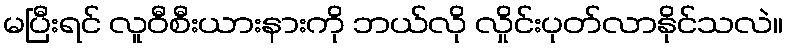
မပြီးရင် လူဝီစီးယားနားကို ဘယ်လို လှိုင်းပုတ်လာနိုင်သလဲ။